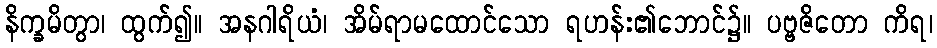
နိက္ခမိတွာ၊ ထွက်၍။ အနဂါရိယံ၊ အိမ်ရာမထောင်သော ရဟန်း၏ဘောင်၌။ ပဗ္ဗဇိတော ကိရ၊